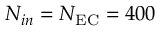
N _ { i n } = N _ { \mathrm { E C } } = 4 0 0